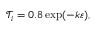
\mathcal { T } _ { i } = 0 . 8 \exp ( - k \varepsilon ) ,